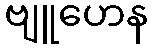
ဗျူဟေန